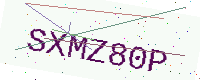
Text: SXMZ80P